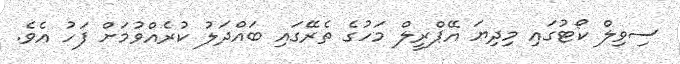
ސިވިލް ކޯޓުގައި މިދިޔަ އޭޕްރީލް މަހުގެ ތެރޭގައި ބައްދަލު ކުރެއްވުމަށް ފަހު އެވެ.